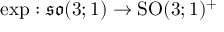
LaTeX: \exp : { \mathfrak { s o } } ( 3 ; 1 ) \to { \mathrm { S O } } ( 3 ; 1 ) ^ { + }